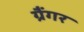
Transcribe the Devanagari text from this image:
ग्रैंगर